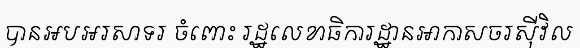
បានអបអរសាទរ ចំពោះ រដ្ឋលេខាធិការដ្ឋានអាកាសចរស៊ីវិល